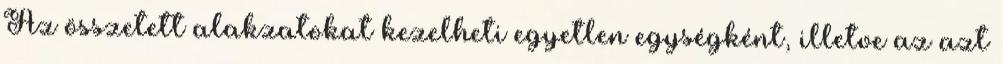
Az összetett alakzatokat kezelheti egyetlen egységként, illetve az azt